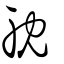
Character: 躭